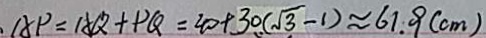
. A P = A Q + P Q = 4 0 + 3 0 ( \sqrt { 3 } - 1 ) \approx 6 1 . 9 ( c m )